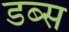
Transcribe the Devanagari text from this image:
डब्स